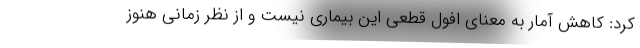
کرد: کاهش آمار به معنای افول قطعی این بیماری نیست و از نظر زمانی هنوز